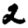
Digit: 2